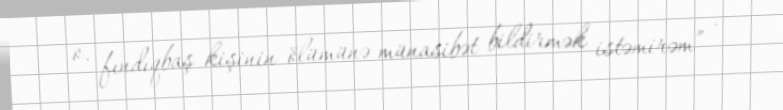
o, fındıqbaş kişinin ölümünə münasibət bildirmək istəmirəm” .